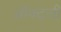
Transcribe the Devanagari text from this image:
ऑक्ट्ली